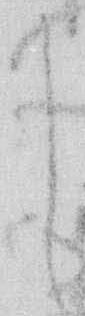
し